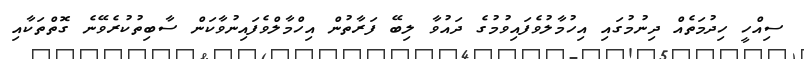
ސިއްހީ ހިދުމަތެއް ދިނުމުގައި އިހުމާލުވެފައިވުމުގެ ދައުވާ ލިބޭ ފަރާތުން އިހްމާލްވެފައިނުވާކަން ސާބިތުކުރެވޭނެ ގޮތްތަކާއި